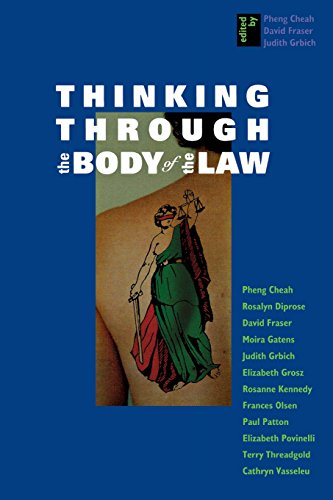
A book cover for Thinking Through the Body of the Law; Law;